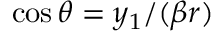
\cos \theta = y _ { 1 } / ( \beta r )